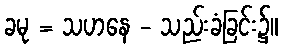
ခမု = သဟနေ - သည်းခံခြင်း၌။